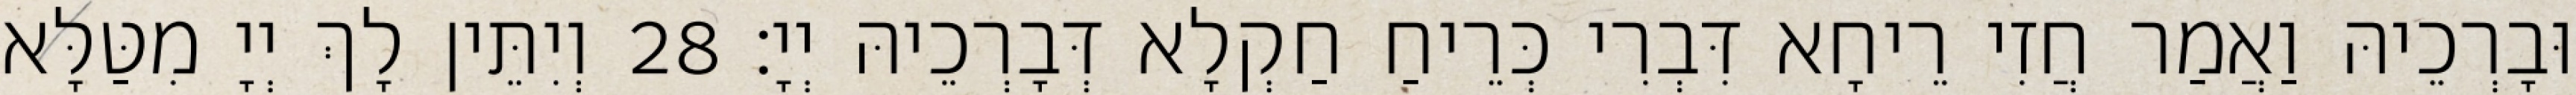
וּבָרְכֵיהּ וַאֲמַר חֲזִי רֵיחָא דִּבְרִי כְּרֵיחַ חַקְלָא דְּבָרְכֵיהּ יְיָ׃ 28 וְיִתֵּין לָךְ יְיָ מִטַּלָּא